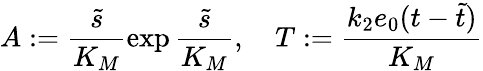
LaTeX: A:=\frac{\widetilde s}{K_{M}}\exp\frac{\widetilde s}{K_{M}},\quad T:=\frac{k_{2}e_{0}(t-\widetilde t)}{K_{M}}